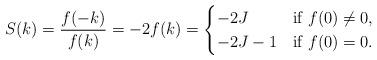
LaTeX: \begin{align*}S(k) = \frac{f(-k)}{f(k)} = -2f(k) = \begin{cases} -2J &\mbox{if } f(0) \neq 0, \\-2J - 1 & \mbox{if } f(0) = 0. \end{cases}\end{align*}